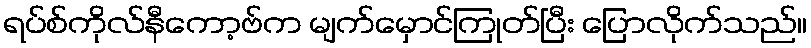
ရပ်စ်ကိုလ်နီကော့ဗ်က မျက်မှောင်ကြုတ်ပြီး ပြောလိုက်သည်။